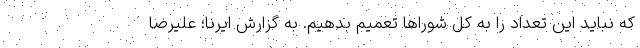
که نباید این تعداد را به کل شوراها تعمیم بدهیم. به گزارش ایرنا؛ علیرضا